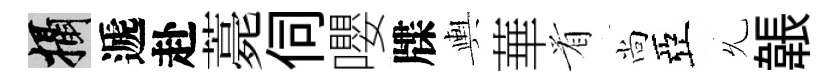
攝遞赴薧伺嚶牒輿華㸔尚亞𠃔韔